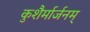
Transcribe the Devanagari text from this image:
कुशैर्मार्जनम्